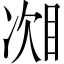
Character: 𬅧